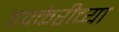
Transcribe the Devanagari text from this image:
इक्केरीच्या